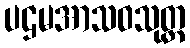
ပဌမအာသဝသုတ္တ